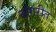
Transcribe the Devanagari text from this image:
नांगरीत